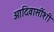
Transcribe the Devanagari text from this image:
आदिवासींशी